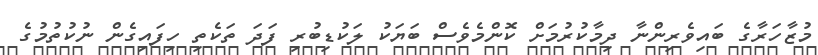
މުޒާހަރާގެ ބައިވެރިންނާ ދިމާކުރުމަށް ކޮންމެވެސް ބަޔަކު ލަކުޑިބުރި ފަދަ ތަކެތި ހިފައިގެން ނުކުތުމުގެ